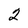
Character: 2